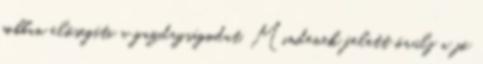
jobban elősegíti a gazdagságodat. Mindenek felett örülj a jó